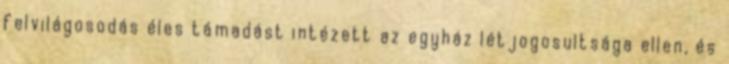
felvilágosodás éles támadást intézett az egyház létjogosultsága ellen, és